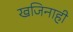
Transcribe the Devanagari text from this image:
खजिनाही